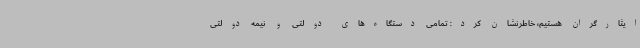
ایثارگران هستیم، خاطرنشان کرد: تمامی دستگاه‌های دولتی و نیمه دولتی